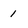
Character: 1